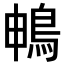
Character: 𮬱